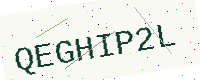
Text: QEGHIP2L